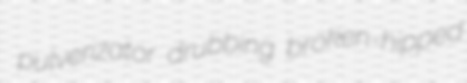
pulverizator drubbing broken-hipped